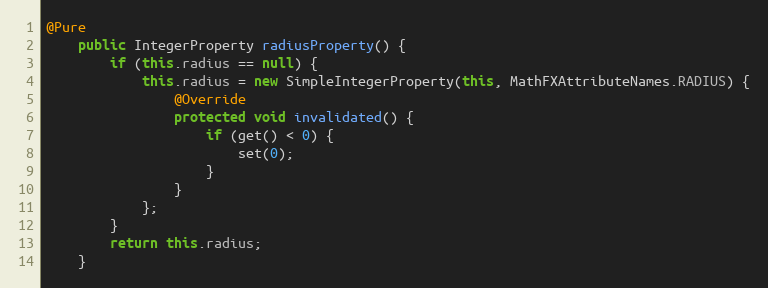
Language: Java
@Pure
	public IntegerProperty radiusProperty() {
		if (this.radius == null) {
			this.radius = new SimpleIntegerProperty(this, MathFXAttributeNames.RADIUS) {
				@Override
				protected void invalidated() {
					if (get() < 0) {
						set(0);
					}
				}
			};
		}
		return this.radius;
	}